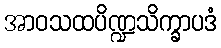
အာဝသထပိဏ္ဍသိက္ခာပဒံ